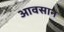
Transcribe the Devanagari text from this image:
आवसान